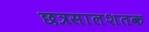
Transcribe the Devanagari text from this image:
छत्रसालशतक